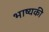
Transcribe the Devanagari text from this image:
भाष्यकी